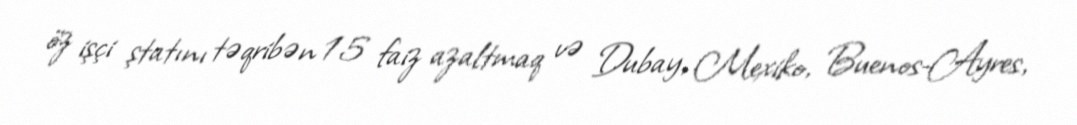
öz işçi ştatını təqribən 15 faiz azaltmaq və Dubay, Mexiko, Buenos-Ayres,